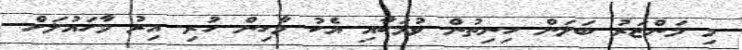
މި މަންޒަރު ބަލަން ހިނިތުން ވުމަކާއި އެކު މާހިން ހުރި އިރު މާހައުލަށް